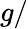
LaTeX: g/